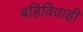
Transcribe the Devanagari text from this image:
बहिविवाही